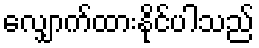
လျှောက်ထားနိုင်ပါသည်